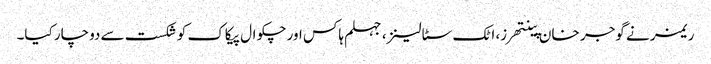
ریمز نے گوجر خان پینتھرز، اٹک سٹالینز، جہلم ہاکس اور چکوال پیکاک کو شکست سے دوچار کیا۔